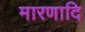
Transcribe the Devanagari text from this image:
मारणादि